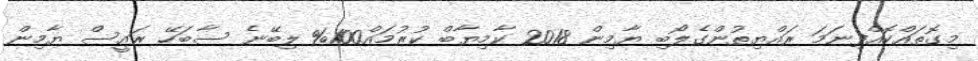
މިގޮތައްކޮއްފިނަމަ ރައްޔިތުންގެލޯބި ޔާމިން 2018 ކާމިޔާބް ކުރުމައް100% ލިބޭނެ ސާބަހޭ ރައީސް ޔާމިން